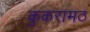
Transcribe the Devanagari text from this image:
कुकरामठ